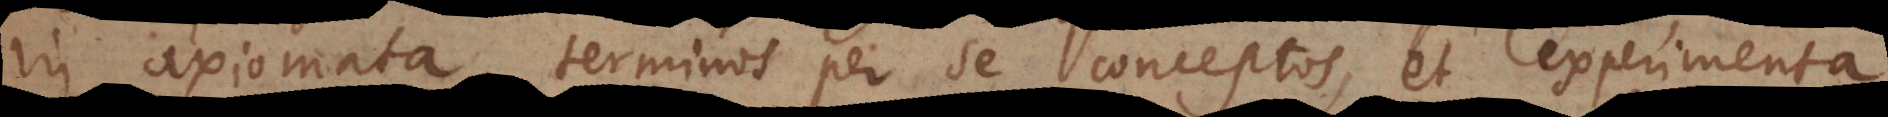
axiomata, terminos per se conceptos, et experimenta.